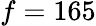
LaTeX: f=165